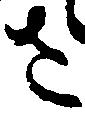
さ